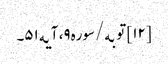
[۱۲] توبه/سوره۹، آیه۵۱۔